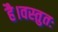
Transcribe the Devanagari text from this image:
है।वस्तुतः